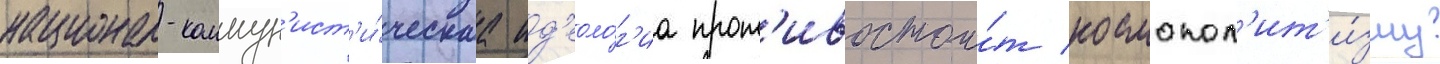
национал-коммун'ист'и́ческаа ид'еоло́г'иа прот'ивостои́т космопол'ит'и́зму